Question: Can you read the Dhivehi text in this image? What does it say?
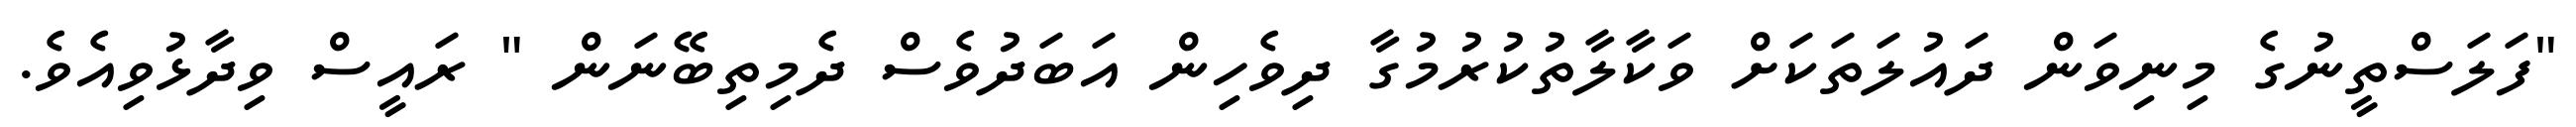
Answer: "ފަލަސްތީނުގެ މިނިވަން ދައުލަތަކަށް ވަކާލާތުކުރުމުގާ ދިވެހިން އަބަދުވެސް ދެމިތިބޭނަން " ރައީސް ވިދާޅުވިއެވެ.